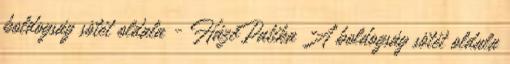
boldogság sötét oldala - HáziPatika A boldogság sötét oldala